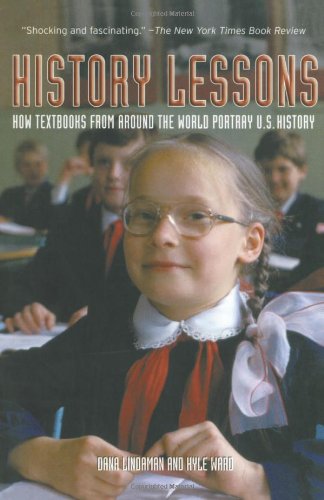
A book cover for History Lessons: How Textbooks from Around the World Portray U.S. History; Dana Lindaman; History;